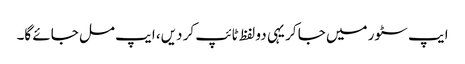
ایپ سٹور میں جا کر یہی دو لفظ ٹائپ کر دیں، ایپ مل جائے گا۔